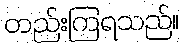
တည်းကြရသည်။